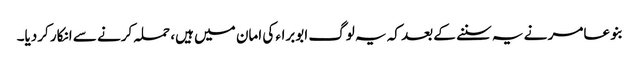
بنو عامر نے یہ سننے کے بعد کہ یہ لوگ ابوبراء کی امان میں ہیں، حملہ کرنے سے انکار کردیا۔